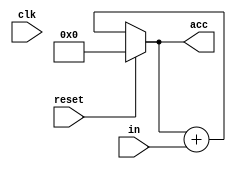
module accumulator(in, acc, clk, reset);

input [7:0] in;

input clk, reset;

output [7:0] acc;

reg [7:0] acc;

always@(clk) begin

if(reset)

acc <= 8'b00000000;

else

acc <= acc + in;

end

endmodule